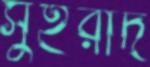
সুহরাদ